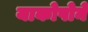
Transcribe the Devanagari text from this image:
याकोपोने